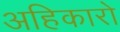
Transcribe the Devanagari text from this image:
अहिकारो